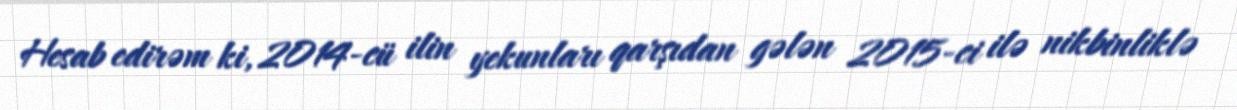
Hesab edirəm ki, 2014-cü ilin yekunları qarşıdan gələn 2015-ci ilə nikbinliklə